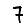
Digit: 7